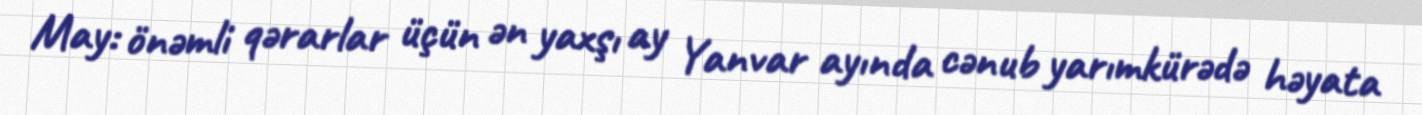
May: önəmli qərarlar üçün ən yaxşı ay Yanvar ayında cənub yarımkürədə həyata